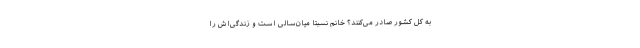
به‌ کل کشور صادر می‌کنند؟ خانم نسبتاً میان‌سالی است و زندگی‌اش را